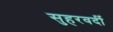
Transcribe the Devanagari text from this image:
सुहरवर्दी